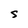
Character: S